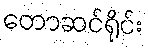
တောဆင်ရိုင်း